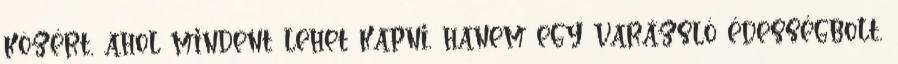
közért, ahol mindent lehet kapni, hanem egy varázsló édességbolt,